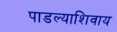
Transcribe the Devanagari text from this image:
पाडल्याशिवाय